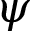
\psi